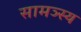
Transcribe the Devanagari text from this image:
सामञ्स्य